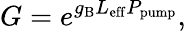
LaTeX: G=e^{g_{\mathrm{{B}}}L_{\mathrm{{eff}}}P_{\mathrm{{pump}}}},